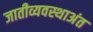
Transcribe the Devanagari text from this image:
जातीव्यवस्थाअंत